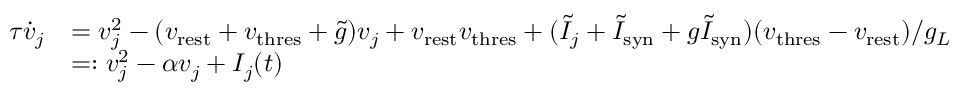
\begin{array} { r l } { \tau \dot { v } _ { j } } & { = v _ { j } ^ { 2 } - ( v _ { \mathrm { r e s t } } + v _ { \mathrm { t h r e s } } + \tilde { g } ) v _ { j } + v _ { \mathrm { r e s t } } v _ { \mathrm { t h r e s } } + ( \tilde { I } _ { j } + \tilde { I } _ { \mathrm { s y n } } + g \tilde { I } _ { \mathrm { s y n } } ) ( v _ { \mathrm { t h r e s } } - v _ { \mathrm { r e s t } } ) / g _ { L } } \\ & { = : v _ { j } ^ { 2 } - \alpha v _ { j } + I _ { j } ( t ) } \end{array}